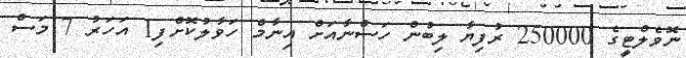
ނޮވެލްޓީގެ 250000 ރުފިޔާ ލިބުން ހަސްނާއަށް އިނާމް ހަވާލުކޮށްފި1 އަހަރު 7 މަސް